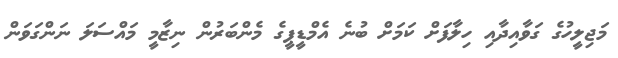
މަޖިލީހުގެ ގަވާއިދާއި ހިލާފަށް ކަަމަށް ބުނެ އެމްޑީޕީގެ މެންބަރުން ނިޒާމީ މައްސަލަ ނަންގަވަން